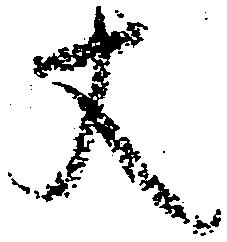
丈